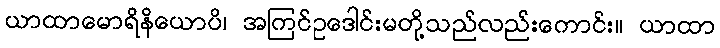
ယာထာမောရိနိယောပိ၊ အကြင်ဥဒေါင်းမတို့သည်လည်းကောင်း။ ယာထာ